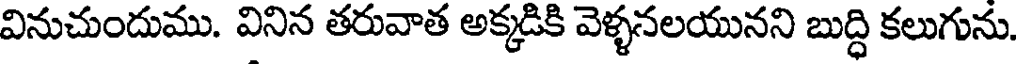
వినుచుందుము. వినిన తరువాత అక్కడికి వెళ్ళనలయునని బుద్ధి కలుగును.